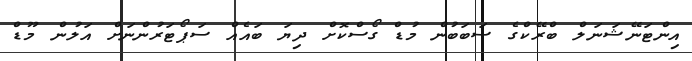
އިންޓަނޭޝަނަލް ބްރޭކްގެ ސަބަބުން މުޑް ގޯސްކޮށް ދިޔަ ބައެއް ސަޕޯޓަރުންނަށް އަލުން މޫޑް